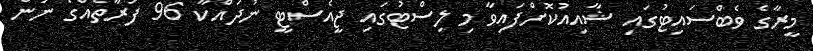
މީރާގެ ވެބްސައިޓުގައި ޝާއިއުކޮށްފައިވާ މި ލިސްޓުގައި ޖީއެސްޓީ ނުދައްކާ 96 ފަރާތެއްގެ ނަން